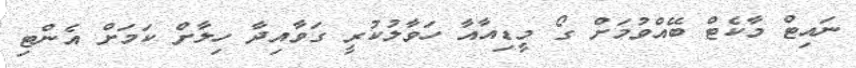
ނައިޓް މާކެޓް ބޭއްވުމަށް ގޯ މީޑިއާއާ ހަވާލުކުރީ ގަވާއިދާ ހިލާށް ކަމަށް އެންޓި